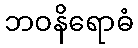
ဘဝနိရောဓံ